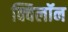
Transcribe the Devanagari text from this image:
क्विलॉन